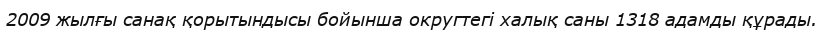
2009 жылғы санақ қорытындысы бойынша округтегі халық саны 1318 адамды құрады.